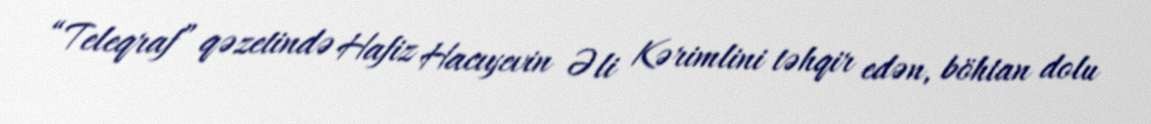
“Teleqraf” qəzetində Hafiz Hacıyevin Əli Kərimlini təhqir edən, böhtan dolu